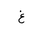
Letter: _gayn